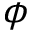
\phi